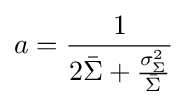
a={\frac {1}{2{\bar {\Sigma }}+{\frac {\sigma _{\Sigma }^{2}}{\bar {\Sigma }}}}}